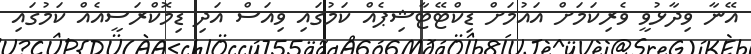
އޭނާ ވިދާޅުވީ ވެރިކަމަށް އައުމަށް ޑިކްޓޭޓާޝިޕެއް ކަމުގައި ވިއަސް އަދި ޑިމޮކްރަސީއެއް ކަމުގައި